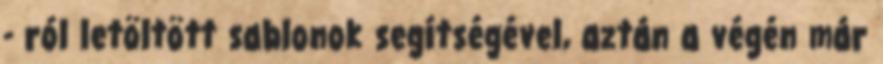
- ról letöltött sablonok segítségével, aztán a végén már